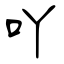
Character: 吖